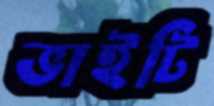
ভাইটি